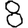
Digit: 8